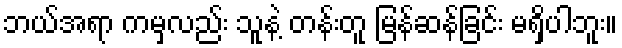
ဘယ်အရာ ကမှလည်း သူနဲ့ တန်းတူ မြန်ဆန်ခြင်း မရှိပါဘူး။